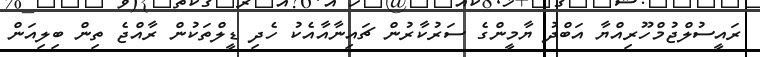
ރައީސުލްޖުމްހޫރިއްޔާ އަބްދު ޔާމީންގެ ސަރުކާރުން ޗައިނާއާއެކު ހެދި ޑީލްތަކުން ރާއްޖެ ތިން ބިލިއަން